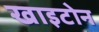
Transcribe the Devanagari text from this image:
खाइटोन